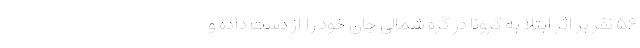
۵۶ نفر بر اثر ابتلا به کرونا در کره شمالی جان خود را از دست داده و